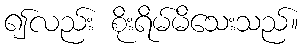
၍လည်း စိုးရိမ်မိသေးသည်။